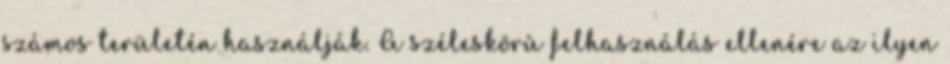
számos területén használják. A széleskörû felhasználás ellenére az ilyen